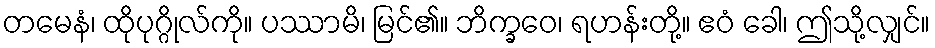
တမေနံ၊ ထိုပုဂ္ဂိုလ်ကို။ ပဿာမိ၊ မြင်၏။ ဘိက္ခဝေ၊ ရဟန်းတို့။ ဧဝံ ခေါ၊ ဤသို့လျှင်။